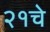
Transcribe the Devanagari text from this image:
२१चे